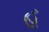
હ